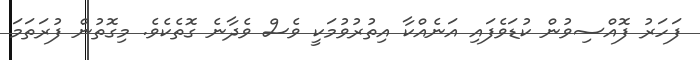
ފަހަރު ފޮއްސިވުން ކުޑަވެފައި އަނެއްކާ އިތުރުވުމަކީ ވެސް ވެދާނެ ގޮތެކެވެ. މިގޮތުން ފުރަތަމަ